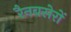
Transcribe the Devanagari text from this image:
रैनबसेरों